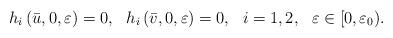
LaTeX: \begin{align*}h_i\left(\bar{u},0,\varepsilon\right)=0,\ \ h_i\left(\bar{v},0,\varepsilon\right)=0,\ \ i=1,2,\ \ \varepsilon \in [0,\varepsilon_0).\end{align*}